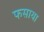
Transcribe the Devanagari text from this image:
फसाया